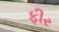
ફીર